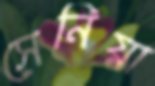
সেনিয়া